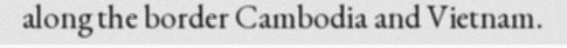
along the border Cambodia and Vietnam.